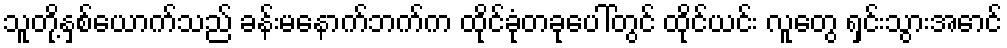
သူတို့နှစ်ယောက်သည် ခန်းမနောက်ဘက်က ထိုင်ခုံတခုပေါ်တွင် ထိုင်ယင်း လူတွေ ရှင်းသွားအောင်